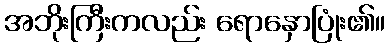
အဘိုးကြီးကလည်း ရောနှောပြုံး၏။